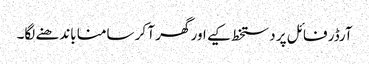
آرڈر فائل پر دستخط کیے اور گھر آ کر سامنا باندھنے لگا۔